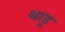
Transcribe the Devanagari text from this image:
थाडू